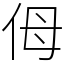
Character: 㑄